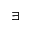
\exists